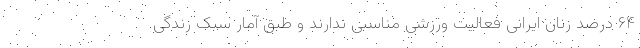
۶۴ درصد زنان ایرانی فعالیت ورزشی مناسبی ندارند و طبق آمار سبک زندگی